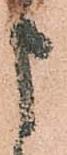
申